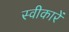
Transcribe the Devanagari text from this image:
स्वीकारें